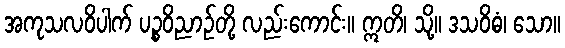
အကုသလဝိပါက် ပဉ္စဝိညာဉ်တို့ လည်းကောင်း။ ဣတိ၊ သို့။ ဒသဝိဓံ၊ သော။